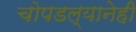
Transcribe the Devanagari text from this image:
चोपडल्यानेही